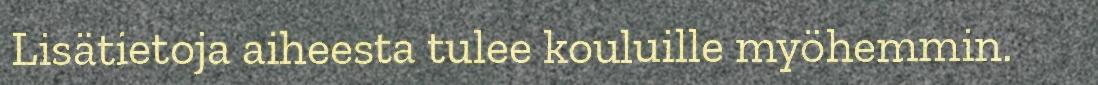
Lisätietoja aiheesta tulee kouluille myöhemmin.